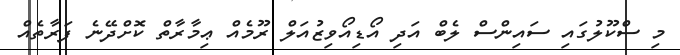
މި ސްކޫލުގައި ސައިންސް ލެބް އަދި އޯޑިއޯވިޒުއަލް ރޫމެއް ޢިމާރާތް ކޮށްދޭނެ ފަރާތެއް